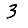
Digit: 3